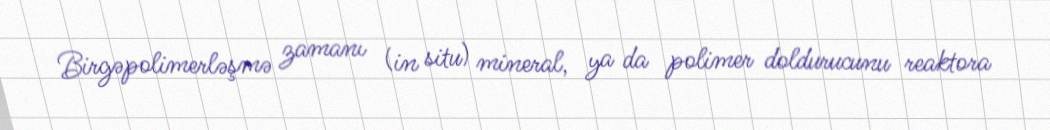
Birgəpolimerləşmə zamanı (in situ) mineral, ya da polimer doldurucunu reaktora